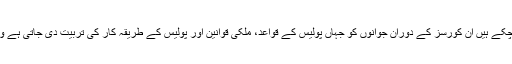
اب تک تقریبا 10ہزار سے زائد پولیس افسران پیشہ ورانہ تربیت حاصل کر چکے ہیں ان کورسز کے دوران جوانوں کو جہاں پولیس کے قواعد، ملکی قوانین اور پولیس کے طریقہ کار کی تربیت دی جاتی ہے وہاں اُنہیں جدید اسلحہ کے استعمال اور نظم و ضبط کا پابند بھی بنایا جاتا ہے۔